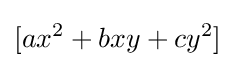
[ax^{2}+bxy+cy^{2}]